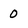
Character: 0